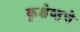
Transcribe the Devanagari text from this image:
कृश्चेव्हचे